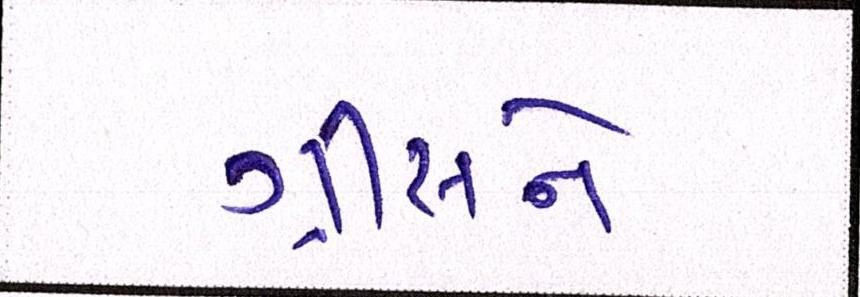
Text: ગ્રીસને